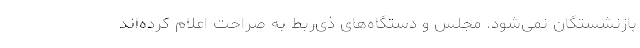
بازنشستگان نمی‌شود. مجلس و دستگاه‌های ذی‌ربط به صراحت اعلام کرده‌اند